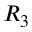
R _ { 3 }